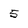
Character: 5